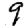
Digit: 9